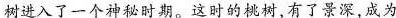
树进入了一个神秘时期。这时的桃树，有了景深，成为